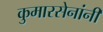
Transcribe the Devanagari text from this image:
कुमारसेनांनी